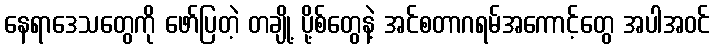
နေရာဒေသတွေကို ဖော်ပြတဲ့ တချို့ ပို့စ်တွေနဲ့ အင်စတာဂရမ်အကောင့်တွေ အပါအဝင်